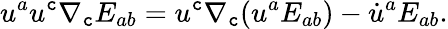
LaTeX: u^{a}u^{\mathtt{c}}\nabla_{\mathtt{c}}E_{ab}=u^{\mathtt{c}}\nabla_{\mathtt{c}}(u^{a}E_{ab})-\dot{{u}}^{a}E_{ab}.